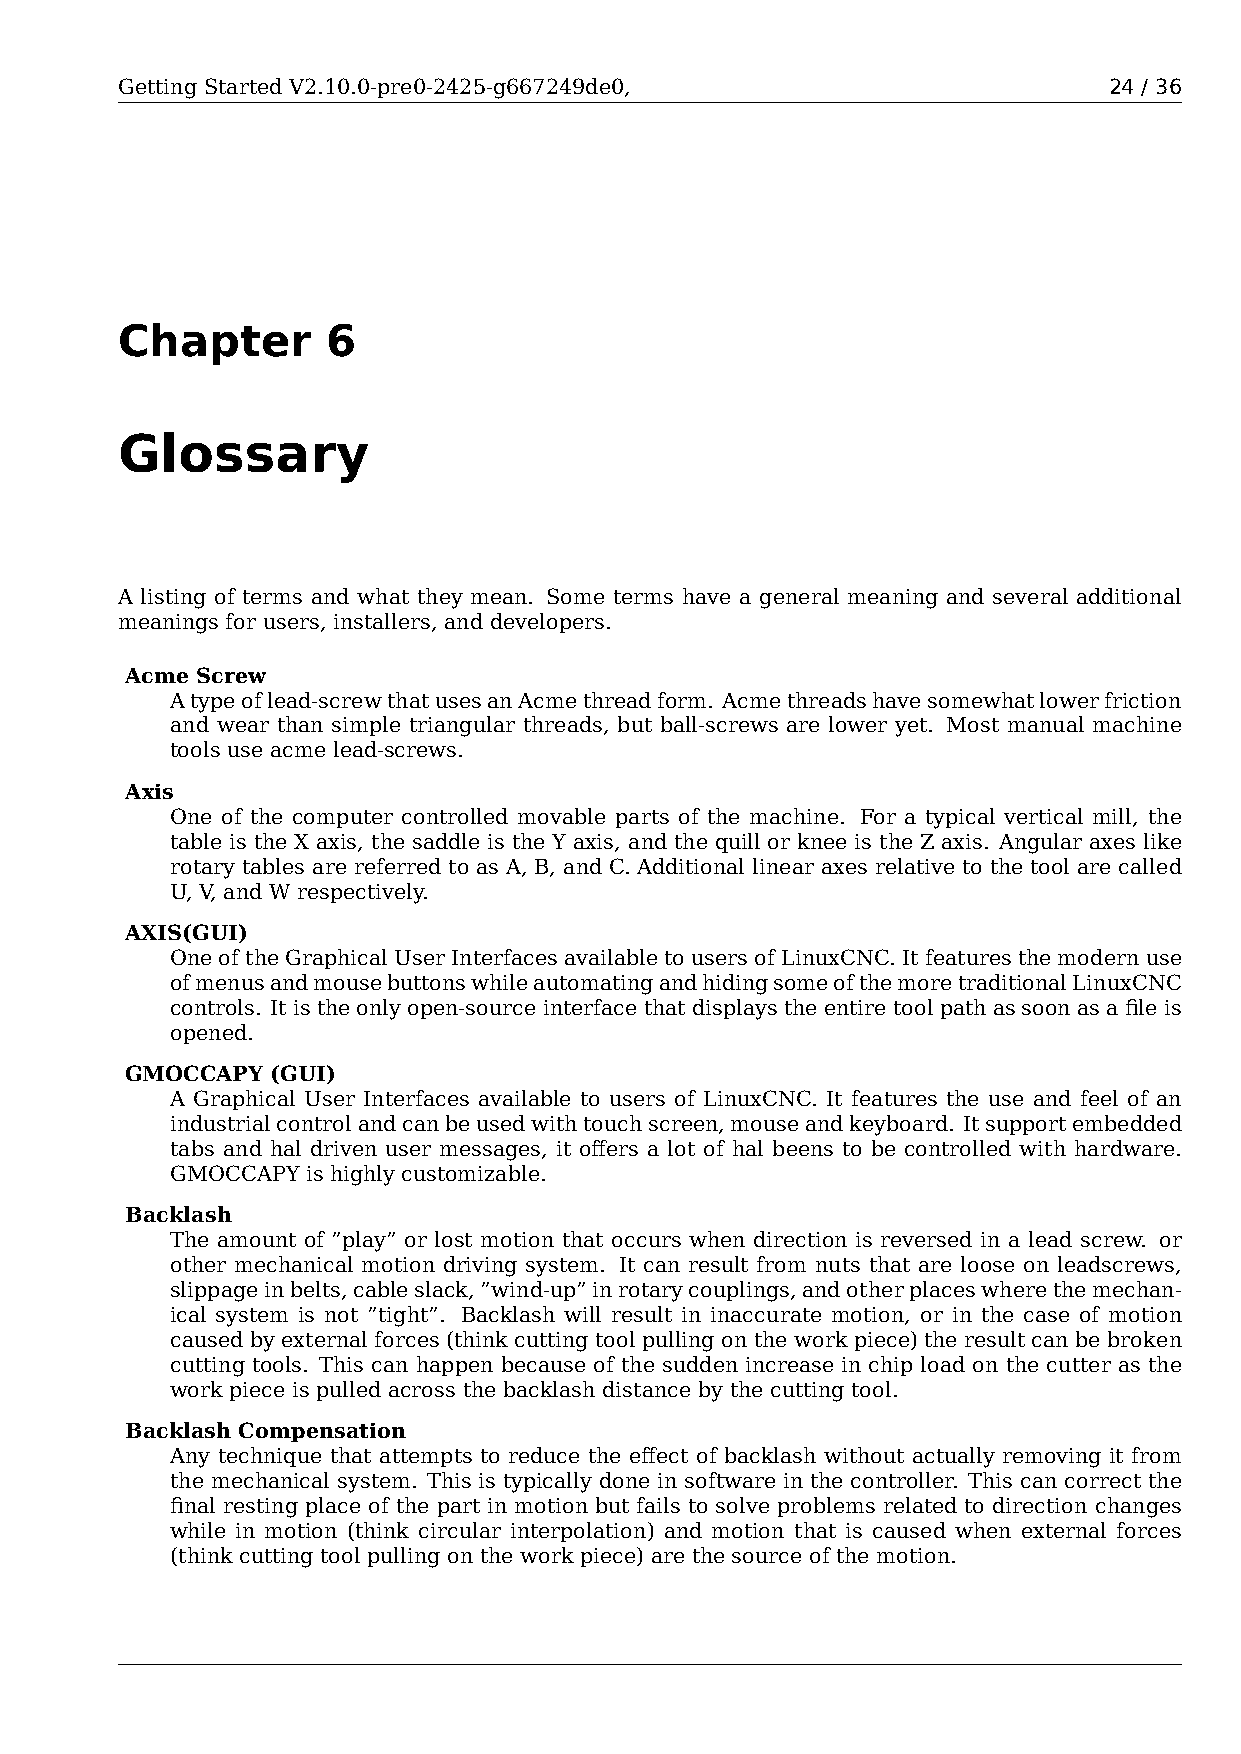
Getting Started V2.10.0-pre0-2425-g667249de0,                    24 / 36
 Chapter       6
 Glossary
 A listing of terms and what they mean. Some terms have a general meaning and several additional
 meanings for users, installers, and developers.
 Acme Screw
 Atypeoflead-screwthatusesanAcmethreadform. Acmethreadshavesomewhatlowerfriction
 and wear than simple triangular threads, but ball-screws are lower yet. Most manual machine
 tools use acme lead-screws.
 Axis
 One of the computer controlled movable parts of the machine. For a typical vertical mill, the
 table is the X axis, the saddle is the Y axis, and the quill or knee is the Z axis. Angular axes like
 rotary tables are referred to as A, B, and C. Additional linear axes relative to the tool are called
 U, V, and W respectively.
 AXIS(GUI)
 OneoftheGraphicalUserInterfacesavailabletousersofLinuxCNC.Itfeaturesthemodernuse
 ofmenusandmousebuttonswhileautomatingandhidingsomeofthemoretraditionalLinuxCNC
 controls. Itistheonlyopen-sourceinterfacethatdisplaystheentiretoolpathassoonasafileis
 opened.
 GMOCCAPY  (GUI)
 A Graphical User Interfaces available to users of LinuxCNC. It features the use and feel of an
 industrialcontrolandcanbeusedwithtouchscreen,mouseandkeyboard. Itsupportembedded
 tabs and hal driven user messages, it offers a lot of hal beens to be controlled with hardware.
 GMOCCAPY is highly customizable.
 Backlash
 The amount of ”play” or lost motion that occurs when direction is reversed in a lead screw. or
 other mechanical motion driving system. It can result from nuts that are loose on leadscrews,
 slippageinbelts,cableslack,”wind-up”inrotarycouplings,andotherplaceswherethemechan-
 ical system is not ”tight”. Backlash will result in inaccurate motion, or in the case of motion
 caused by external forces (think cutting tool pulling on the work piece) the result can be broken
 cutting tools. This can happen because of the sudden increase in chip load on the cutter as the
 work piece is pulled across the backlash distance by the cutting tool.
 Backlash Compensation
 Any technique that attempts to reduce the effect of backlash without actually removing it from
 the mechanical system. This is typically done in software in the controller. This can correct the
 final resting place of the part in motion but fails to solve problems related to direction changes
 while in motion (think circular interpolation) and motion that is caused when external forces
 (think cutting tool pulling on the work piece) are the source of the motion.